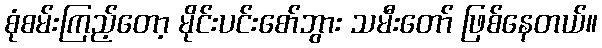
စုံစမ်းကြည့်တော့ မိုင်းပင်းစော်ဘွား သမီးတော် ဖြစ်နေတယ်။